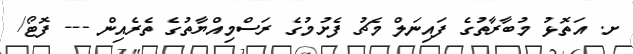
ށ. އަތޮޅު މުބާރާތުގެ ފައިނަލް މެޗު ފެށުމުގެ ރަސްމިއްޔާތުގެ ތެރެއިން --- ފޮޓޯ/